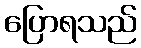
ပြောရသည်